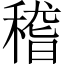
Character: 稽